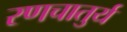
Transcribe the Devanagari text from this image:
रणचातुर्य